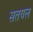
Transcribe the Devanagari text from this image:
सतयल